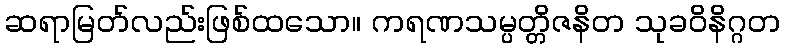
ဆရာမြတ်လည်းဖြစ်ထသော။ ကရဏသမ္ပတ္တိဇနိတ သုခဝိနိဂ္ဂတ